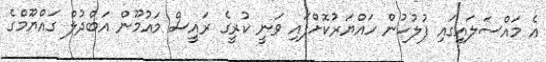
އެ މައްސަލައިގައި ފުލުހުން ހައްޔަރުކޮށްފައި ވަނީ ކުރީގެ ރައީސް މައުމޫން އަބްދުލް ގައްޔޫމްގެ